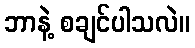
ဘာနဲ့ စချင်ပါသလဲ။